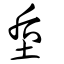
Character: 垕